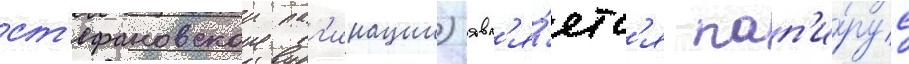
ст'ефановскои паг'инации) явл'я́етс'я пап'и́рус